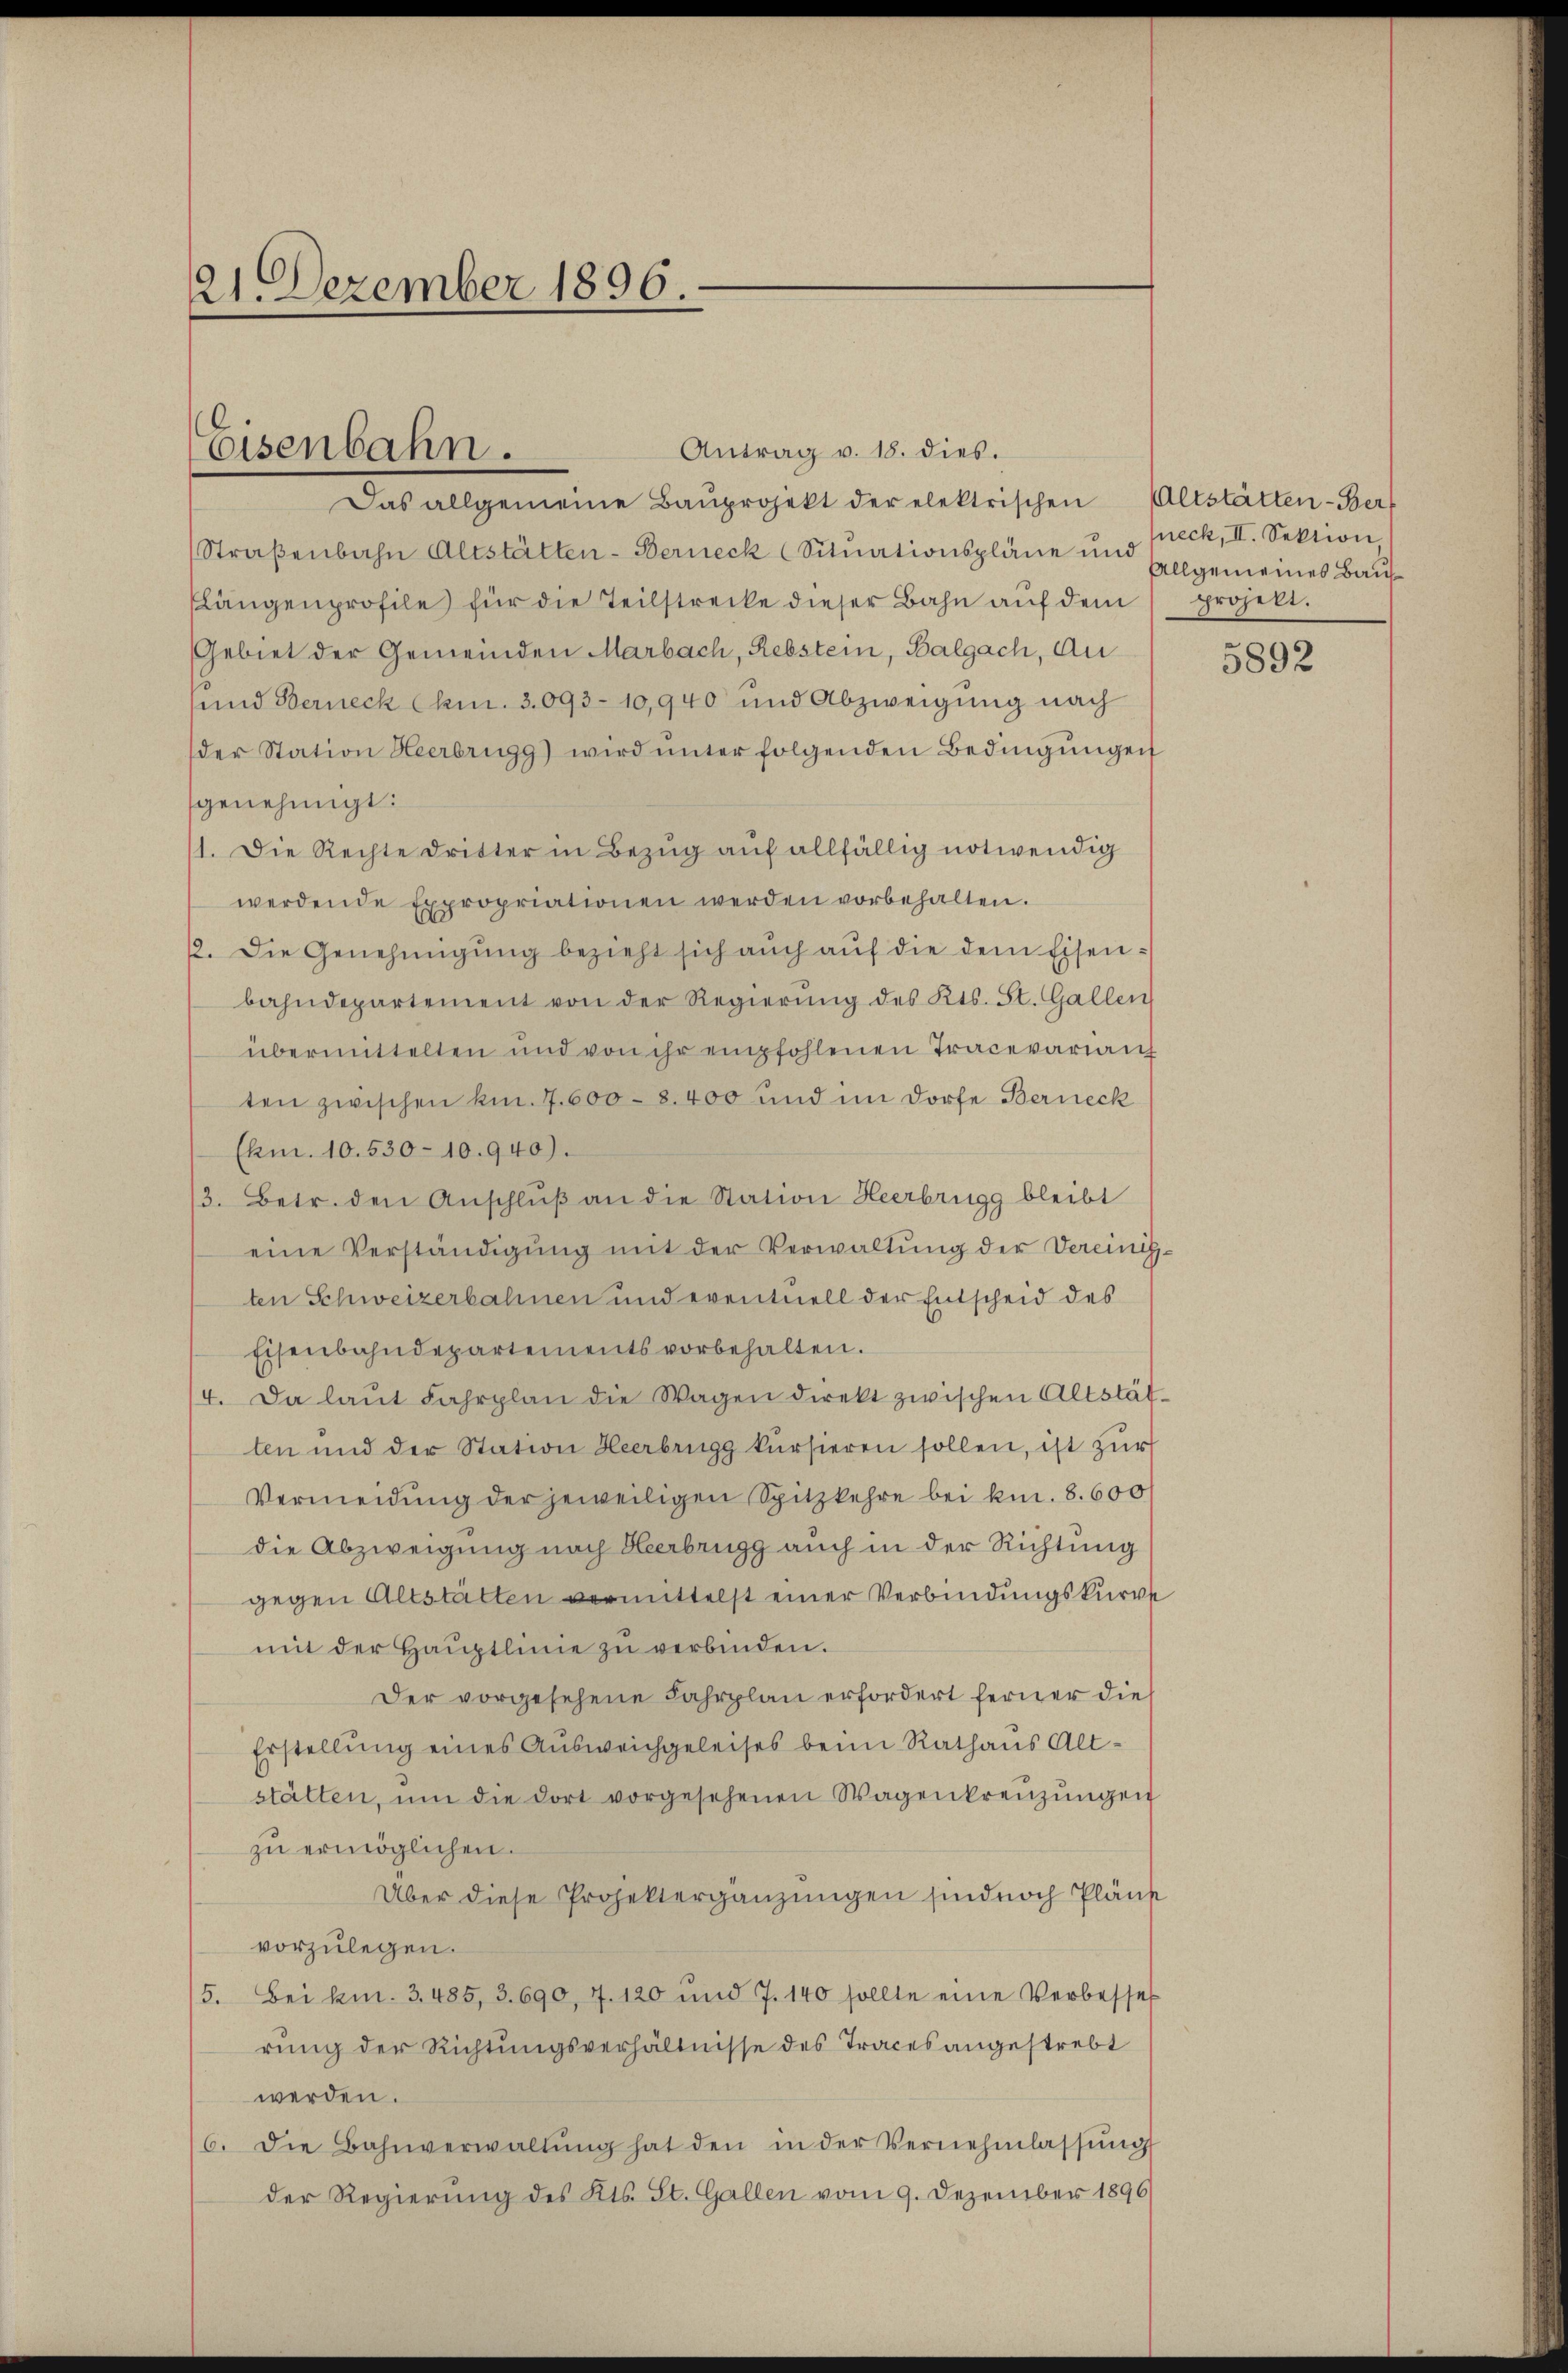
21. Dezember 1896

Eisenbahn.

Antrag v. 18. dies.
Das allgemeine Baŭprojekt der elektrischen Altstätten-Bert
Straβenbahn Altstätten-Berneck (Sitŭationspläne und Preck, II. Sektion
slängenprofile für die Teilstrecke dieser Bahn aŭf dem projekt.
Gebiet der Gemeinden Marbach, Rebstein, Balgach, Au
und Berneck (km. 3093 - 10,940 und Abzweigung nach
der Station Heerbrugg) wird ŭnter folgenden Bedingŭngen
genehmigt:
1. Die Rechte dritter in Bezug auf allfällig notwendig
werdende Expropriationen werden vorbehalten.
2. Die Genehmigŭng bezieht sich auch auf die dem Eisenbahndepartement von der Regierŭng des Kts. St. Gallen
übermittelten und von ihr empfohlenen Tracevariaig
ten zwischen km. 7. 600 - 8. 400 und im Dorfe Berneck
(Am. 10. 530 - 10. 940).
3. Betr. den Anschluß an die Station Heerbrugg bleibt
eine Verständigung mit der Verwaltung der Vereinigten Schweizerbahnen und eventuell der Entscheid des
Eisenbahndepartements vorbehalten.
4. Da laŭt Fahrplan die Wagen direkt zwischen Altstätten und der Station Heerbrugg kursieren sollen, ist zur
Vermeidung der jeweiligen Spitzkehre bei kn. 8. 600
die Abzweigung nach Heerbrugg auch in der Richtung
gegen Altstätten vermittelst einer Verbindungskurre
mit der Hauptlinie zu verbinden.
Der vorgesehene Fahrplan erfordert ferner die
Erstellung eines Ausweichgeleises beim Rathaus Altstätten, ŭm die dort vorgesehenen Wagenkreŭzŭngen
zu ermöglichen.
Über diese Projektergänzungen sind noch Pläne
vorzulegen.
5. Bei kn. 3. 485, 3. 690, 7. 120 und 7. 140 sollte eine Verbesses
rung der Richtungsverhältnisse des Traces angestrebt
werden.
6. Die Bahnverwaltŭng hat den in der Vernehmlassŭng
der Regierung des Kts. St. Gallen vom 9. Dezember 1896

Allgemeines Bau¬

5892